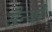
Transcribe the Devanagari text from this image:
सैन्यों